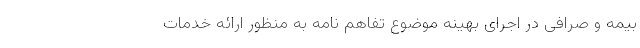
بیمه و صرافی در اجرای بهینه موضوع تفاهم نامه به منظور ارائه خدمات